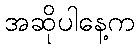
အဆိုပါနေ့က